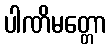
ပါဏိမတ္တော